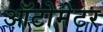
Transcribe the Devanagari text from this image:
ऑटोमेटर